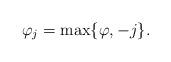
LaTeX: \begin{align*}\varphi_j = \max\{ \varphi, - j\}.\end{align*}